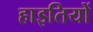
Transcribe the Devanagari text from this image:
हाइतियों